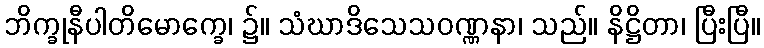
ဘိက္ခုနီပါတိမောက္ခေ၊ ၌။ သံဃာဒိသေသဝဏ္ဏနာ၊ သည်။ နိဋ္ဌိတာ၊ ပြီးပြီ။